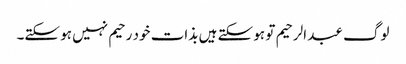
لوگ عبد الرحیم تو ہو سکتے ہیں بذات خود رحیم نہیں ہو سکتے۔